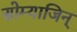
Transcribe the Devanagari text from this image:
सोम्याजिन्